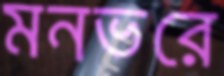
মনভরে